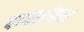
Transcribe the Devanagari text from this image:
पापशोधन